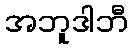
အဘူဒါဘီ